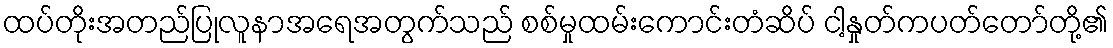
ထပ်တိုးအတည်ပြုလူနာအရေအတွက်သည် စစ်မှုထမ်းကောင်းတံဆိပ် ငါ့နှုတ်ကပတ်တော်တို့၏